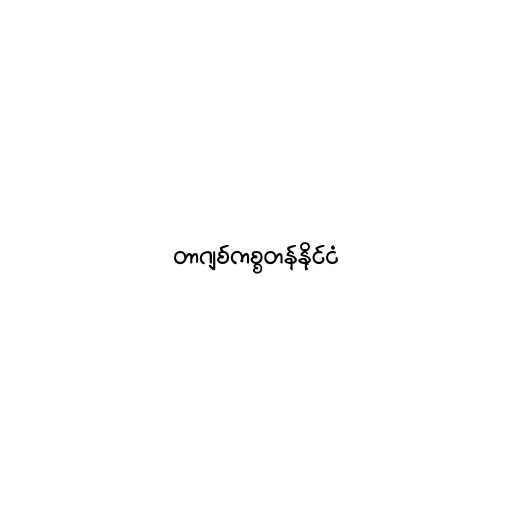
တာဂျစ်ကစ္စတန်နိုင်ငံ